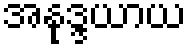
အနုဒ္ဒယာယ